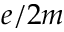
e / 2 m